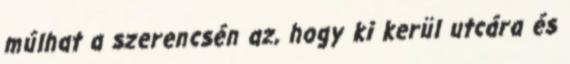
múlhat a szerencsén az, hogy ki kerül utcára és